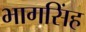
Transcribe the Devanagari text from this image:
भागसिंह